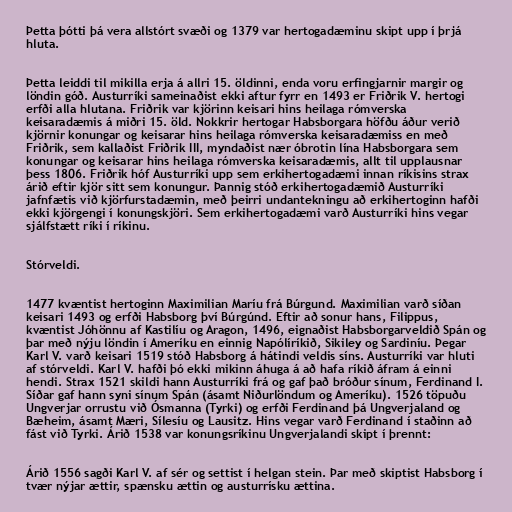
Þetta þótti þá vera allstórt svæði og 1379 var hertogadæminu skipt upp í þrjá
hluta.

Þetta leiddi til mikilla erja á allri 15. öldinni, enda voru erfingjarnir margir og
löndin góð. Austurríki sameinaðist ekki aftur fyrr en 1493 er Friðrik V. hertogi
erfði alla hlutana. Friðrik var kjörinn keisari hins heilaga rómverska
keisaradæmis á miðri 15. öld. Nokkrir hertogar Habsborgara höfðu áður verið
kjörnir konungar og keisarar hins heilaga rómverska keisaradæmiss en með
Friðrik, sem kallaðist Friðrik III, myndaðist nær óbrotin lína Habsborgara sem
konungar og keisarar hins heilaga rómverska keisaradæmis, allt til upplausnar
þess 1806. Friðrik hóf Austurríki upp sem erkihertogadæmi innan ríkisins strax
árið eftir kjör sitt sem konungur. Þannig stóð erkihertogadæmið Austurríki
jafnfætis við kjörfurstadæmin, með þeirri undantekningu að erkihertoginn hafði
ekki kjörgengi í konungskjöri. Sem erkihertogadæmi varð Austurríki hins vegar
sjálfstætt ríki í ríkinu.

Stórveldi.

1477 kvæntist hertoginn Maximilian Maríu frá Búrgund. Maximilian varð síðan
keisari 1493 og erfði Habsborg því Búrgúnd. Eftir að sonur hans, Filippus,
kvæntist Jóhönnu af Kastilíu og Aragon, 1496, eignaðist Habsborgarveldið Spán og
þar með nýju löndin í Ameríku en einnig Napólíríkið, Sikiley og Sardiníu. Þegar
Karl V. varð keisari 1519 stóð Habsborg á hátindi veldis síns. Austurríki var hluti
af stórveldi. Karl V. hafði þó ekki mikinn áhuga á að hafa ríkið áfram á einni
hendi. Strax 1521 skildi hann Austurríki frá og gaf það bróður sínum, Ferdinand I.
Síðar gaf hann syni sínum Spán (ásamt Niðurlöndum og Ameríku). 1526 töpuðu
Ungverjar orrustu við Ósmanna (Tyrki) og erfði Ferdinand þá Ungverjaland og
Bæheim, ásamt Mæri, Sílesíu og Lausitz. Hins vegar varð Ferdinand í staðinn að
fást við Tyrki. Árið 1538 var konungsríkinu Ungverjalandi skipt í þrennt:

Árið 1556 sagði Karl V. af sér og settist í helgan stein. Þar með skiptist Habsborg í
tvær nýjar ættir, spænsku ættin og austurrísku ættina.